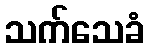
သက်သေခံ